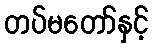
တပ်မတော်နှင့်